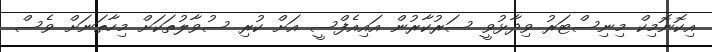
އިކޮނޮމިކް މިނިސްޓަރު ވިދާޅުވީ ސަރުކާރުން އައިއެފްސީ އަށް ކުރި ސުވާލުތަކަށް މިހާތަނަށް ވެސް